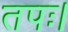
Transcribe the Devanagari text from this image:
तपः।